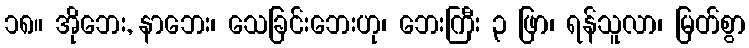
၁၈။ အိုဘေး, နာဘေး၊ သေခြင်းဘေးဟု၊ ဘေးကြီး ၃ ဖြာ၊ ရန်သူလာ၊ မြတ်စွာ